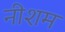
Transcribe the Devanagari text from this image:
नीशम